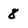
Character: 8